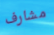
مشارف